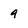
Character: 9